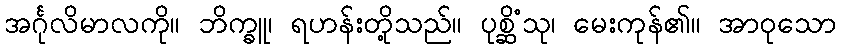
အင်္ဂုလိမာလကို။ ဘိက္ခူ၊ ရဟန်းတို့သည်။ ပုစ္ဆိံသု၊ မေးကုန်၏။ အာဝုသော